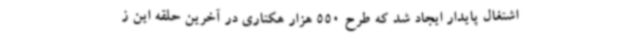
اشتغال پایدار ایجاد شد که طرح 550 هزار هکتاری در آخرین حلقه این ز